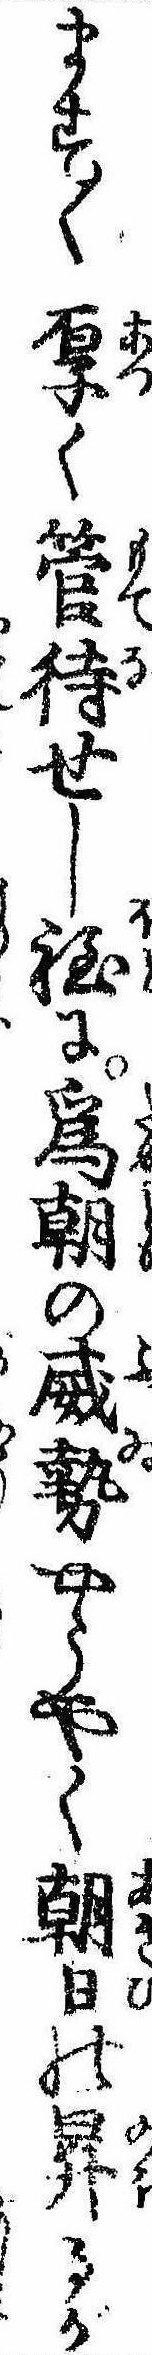
ます〱厚く管待せし程に為朝の威勢やうやく朝日の昇るが